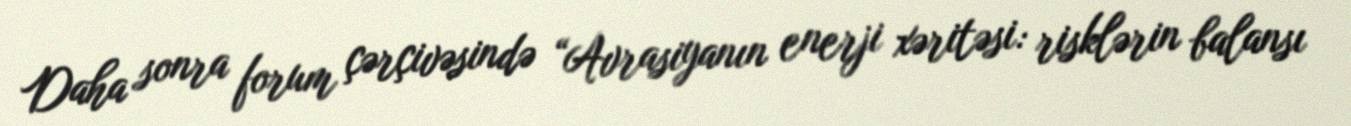
Daha sonra forum çərçivəsində “Avrasiyanın enerji xəritəsi: risklərin balansı